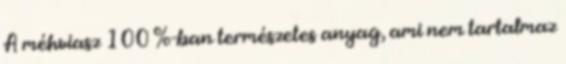
A méhviasz 100 %-ban természetes anyag, ami nem tartalmaz